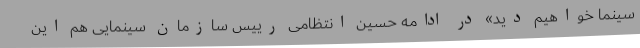
سینما خواهیم دید» در ادامه حسین انتظامی رییس سازمان سینمایی هم این